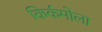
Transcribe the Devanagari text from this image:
किर्कमोला